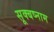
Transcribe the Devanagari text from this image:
सूक्बष्नाम